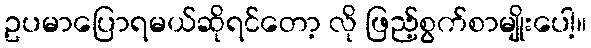
ဥပမာပြောရမယ်ဆိုရင်တော့ လို ဖြည့်စွက်စာမျိုးပေါ့။